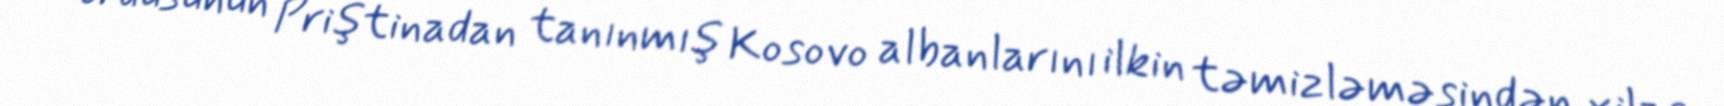
ordusunun Priştinadan tanınmış Kosovo albanlarını ilkin təmizləməsindən xilas